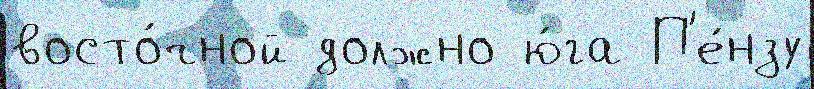
восто́чной должно ю́га П'е́нзу